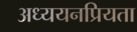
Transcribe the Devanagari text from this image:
अध्ययनप्रियता